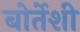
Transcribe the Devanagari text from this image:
बोर्तेशी